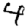
Digit: 4